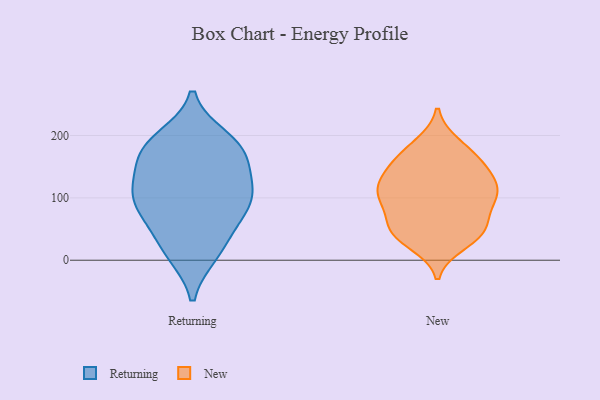
{"axis": {"x": "Active Users", "y": "Value"}, "legend": ["New", "Returning"], "data": [{"x": "", "y": 89, "type": "Returning"}, {"x": "", "y": 168, "type": "Returning"}, {"x": "", "y": 196, "type": "Returning"}, {"x": "", "y": 167, "type": "Returning"}, {"x": "", "y": 118, "type": "Returning"}, {"x": "", "y": 110, "type": "Returning"}, {"x": "", "y": 150, "type": "Returning"}, {"x": "", "y": 95, "type": "Returning"}, {"x": "", "y": 188, "type": "Returning"}, {"x": "", "y": 114, "type": "Returning"}, {"x": "", "y": 10, "type": "Returning"}, {"x": "", "y": 185, "type": "Returning"}, {"x": "", "y": 61, "type": "Returning"}, {"x": "", "y": 84, "type": "Returning"}, {"x": "", "y": 39, "type": "Returning"}, {"x": "", "y": 10, "type": "Returning"}, {"x": "", "y": 109, "type": "New"}, {"x": "", "y": 162, "type": "New"}, {"x": "", "y": 108, "type": "New"}, {"x": "", "y": 43, "type": "New"}, {"x": "", "y": 186, "type": "New"}, {"x": "", "y": 128, "type": "New"}, {"x": "", "y": 60, "type": "New"}, {"x": "", "y": 107, "type": "New"}, {"x": "", "y": 100, "type": "New"}, {"x": "", "y": 70, "type": "New"}, {"x": "", "y": 147, "type": "New"}, {"x": "", "y": 108, "type": "New"}, {"x": "", "y": 141, "type": "New"}, {"x": "", "y": 155, "type": "New"}, {"x": "", "y": 41, "type": "New"}, {"x": "", "y": 41, "type": "New"}, {"x": "", "y": 50, "type": "New"}, {"x": "", "y": 100, "type": "New"}, {"x": "", "y": 27, "type": "New"}, {"x": "", "y": 179, "type": "New"}]}